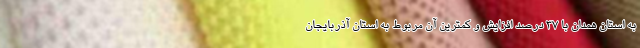
به استان همدان با 37 درصد افزایش و کمترین آن مربوط به استان آذربایجان